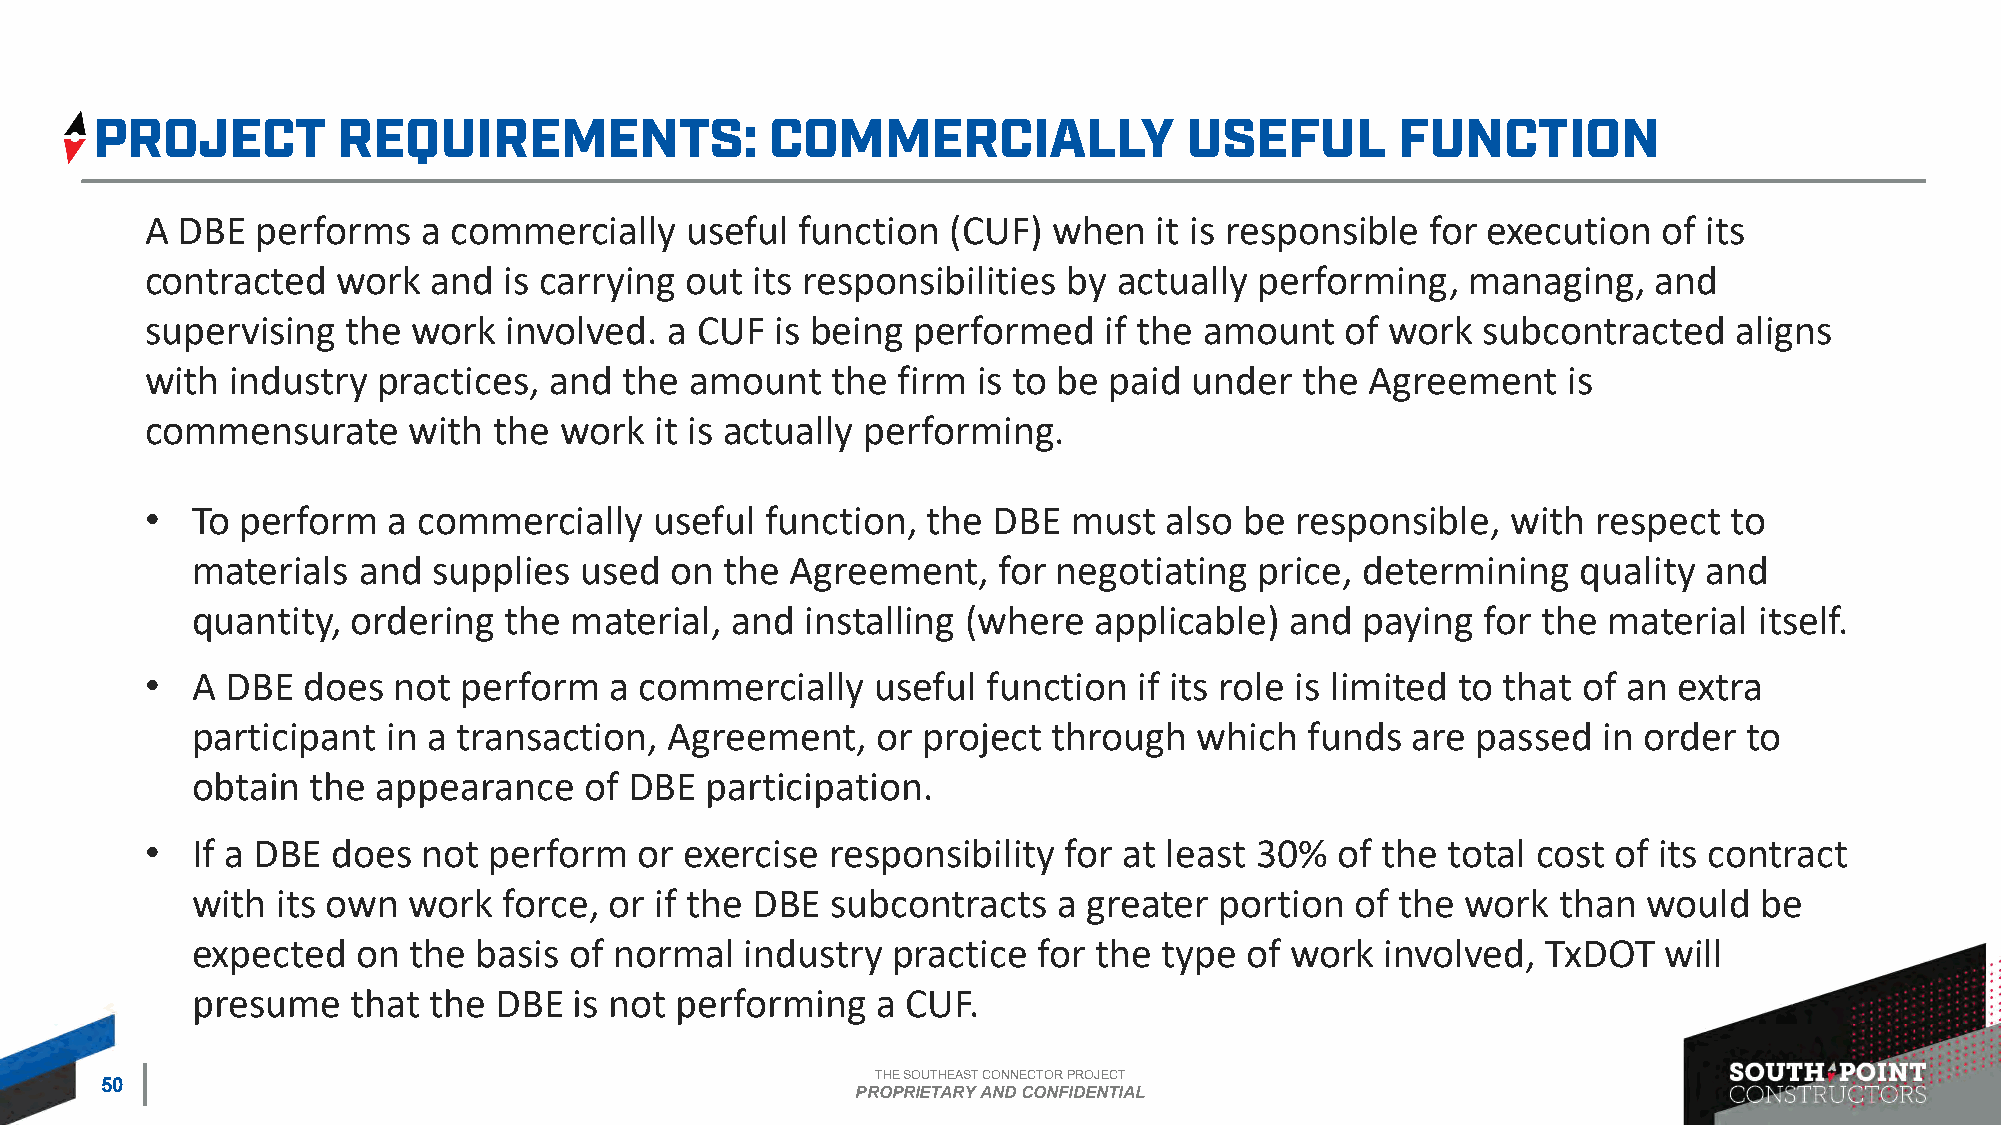
A DBE  performs   a commercially   useful  function  (CUF)  when   it is responsible for execution  of its
 contracted  work   and is carrying out  its responsibilities by actually performing,   managing,   and
 supervising  the work   involved. a CUF  is being performed    if the amount   of work  subcontracted    aligns
 with industry  practices, and  the  amount   the firm  is to be paid under  the  Agreement    is
 commensurate     with  the work  it is actually performing.
 •  To perform   a commercially   useful  function, the  DBE  must  also be  responsible,  with  respect to
 materials  and  supplies used  on  the Agreement,    for negotiating  price, determining    quality and
 quantity, ordering  the  material, and  installing (where  applicable)  and  paying  for the material  itself.
 •  A DBE  does  not  perform  a commercially    useful function  if its role is limited to that of an extra
 participant  in a transaction, Agreement,    or project  through  which  funds  are  passed  in order  to
 obtain  the appearance    of DBE  participation.
 •  If a DBE does  not perform   or exercise  responsibility  for at least 30%  of the total cost of its contract
 with its own  work  force, or if the DBE  subcontracts   a greater  portion  of the work  than  would  be
 expected   on the basis  of normal  industry  practice  for the type of work   involved, TxDOT   will
 presume   that the  DBE  is not performing   a CUF.
 THE SOUTHEAST CONNECTOR PROJECT
 50
 PROPRIETARY AND CONFIDENTIAL